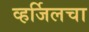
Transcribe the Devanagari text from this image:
व्हर्जिलचा